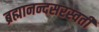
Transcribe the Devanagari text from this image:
ब्रह्मानन्दसरस्वती